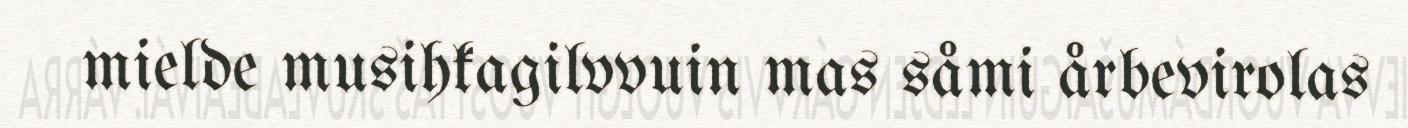
mielde musihkagilvvuin mas såmi årbevirolas